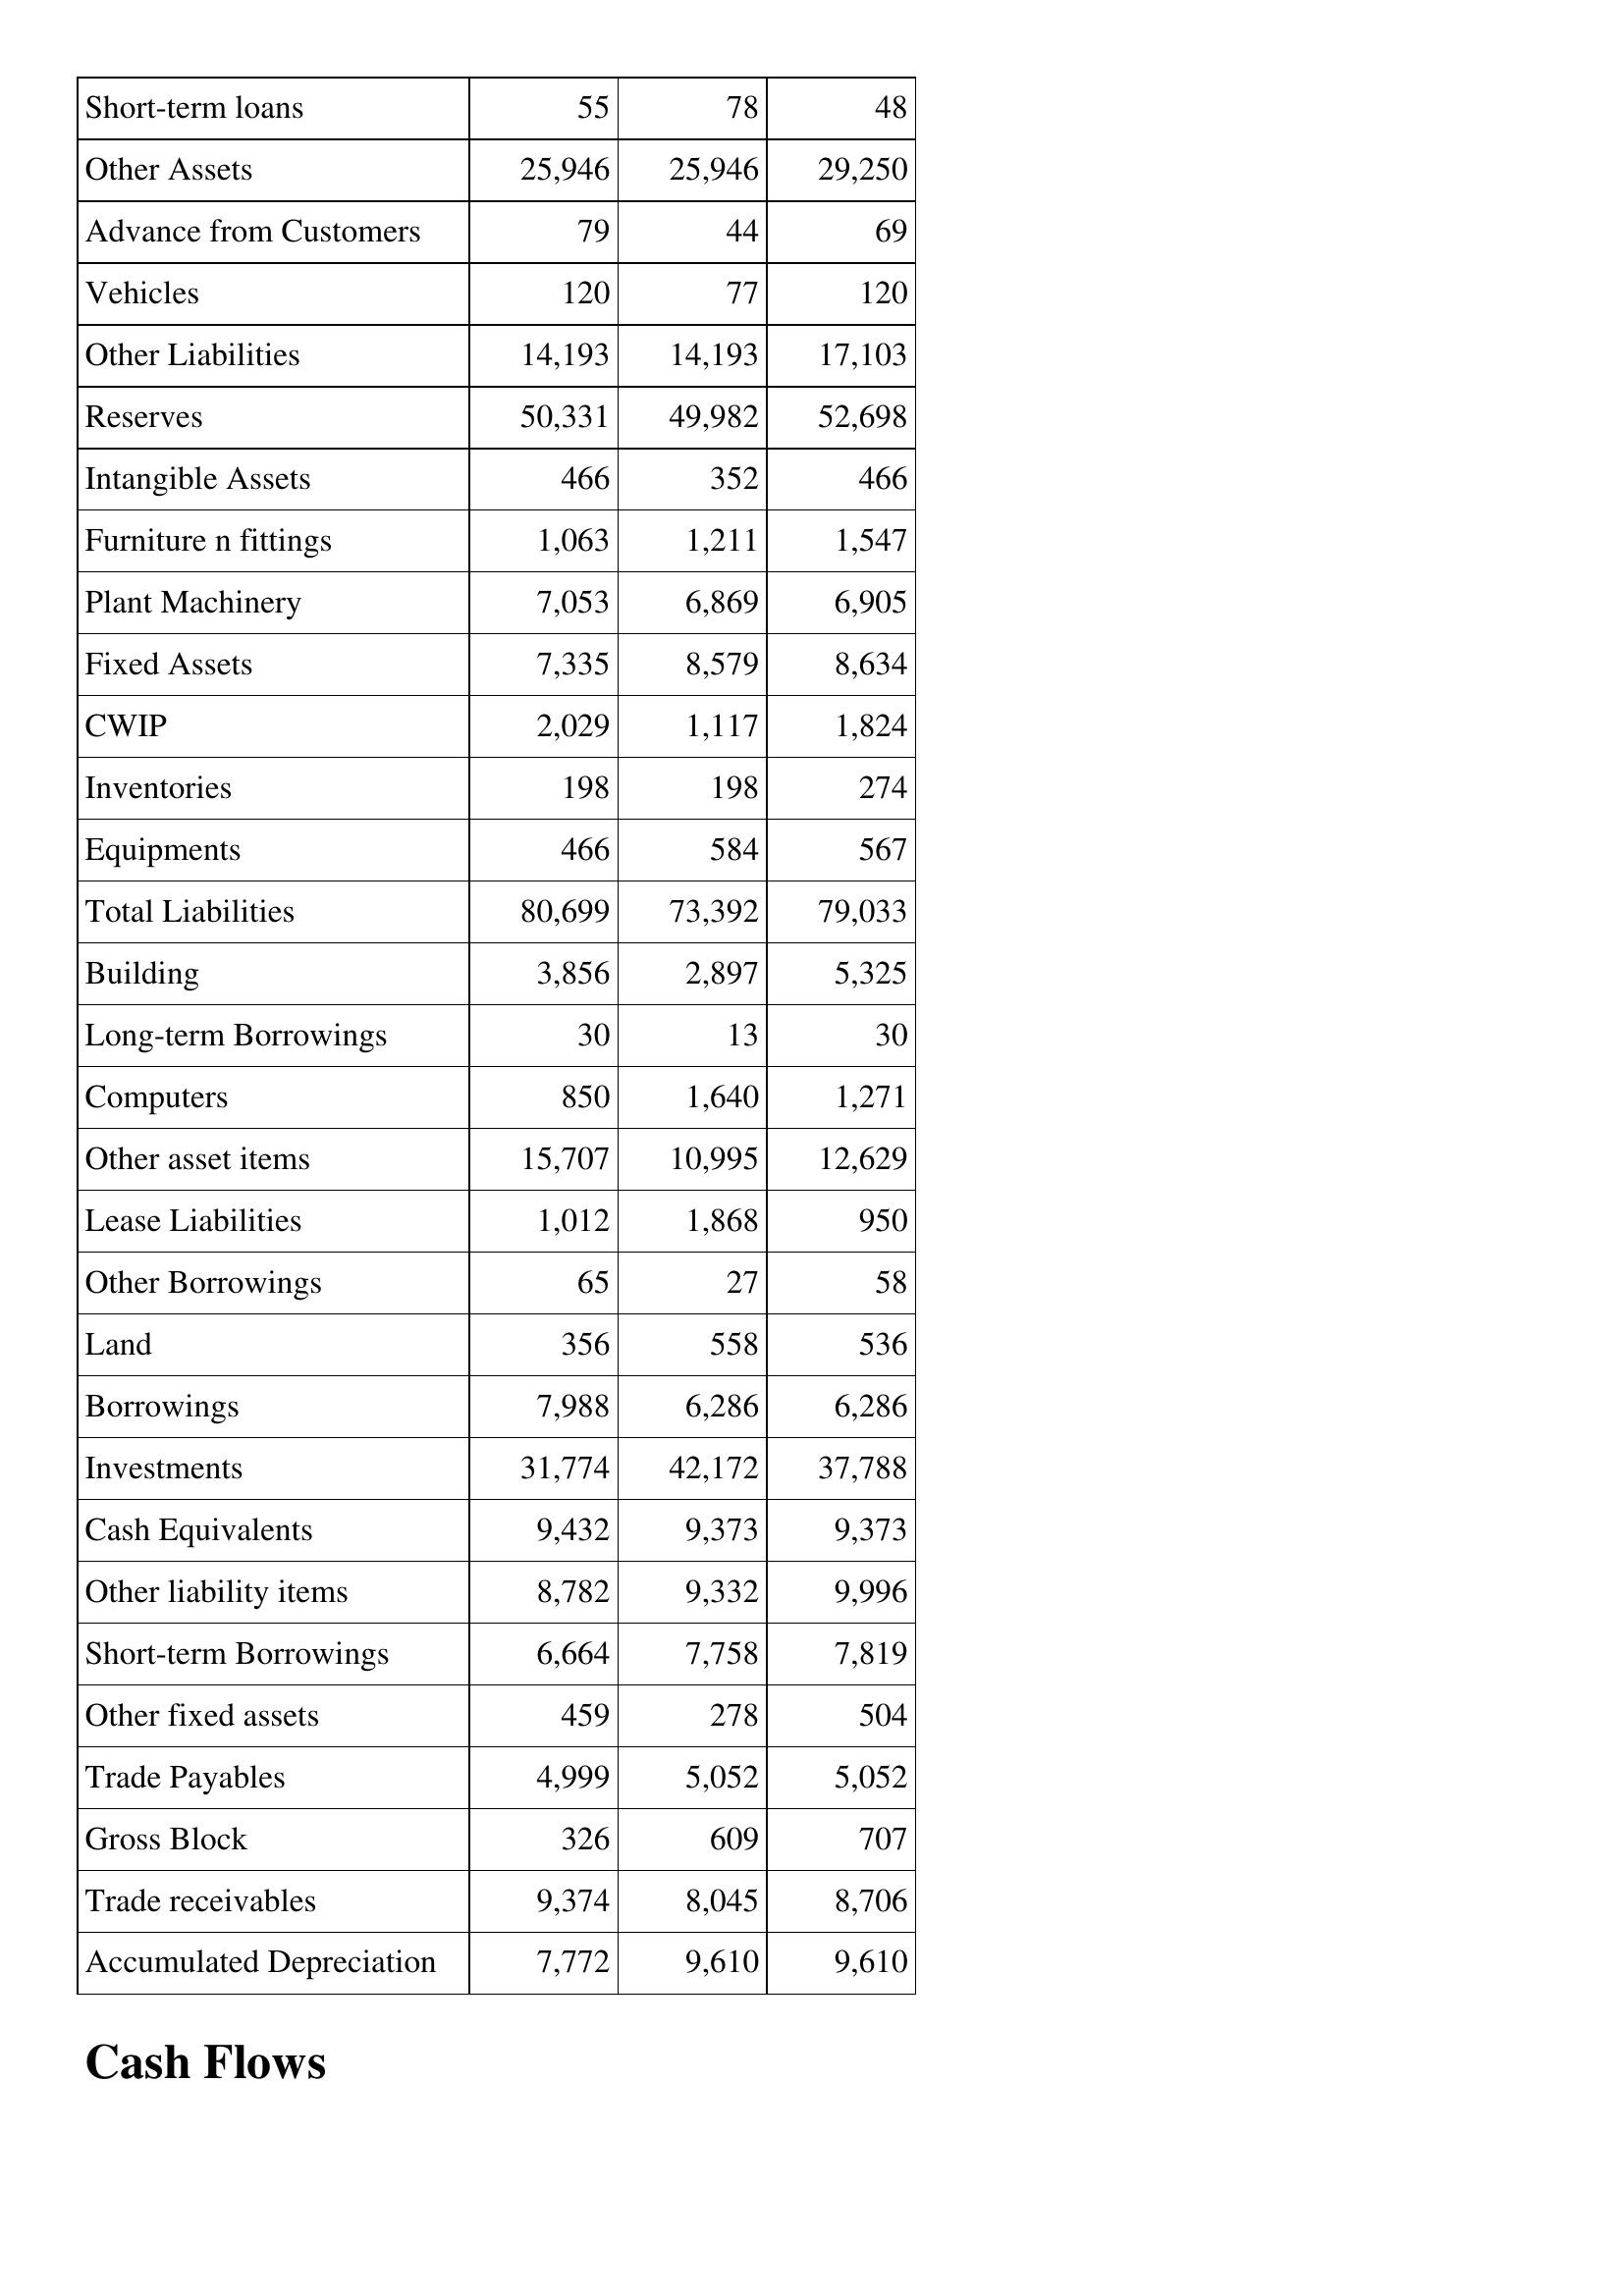
Mar-14: Balance Sheet: Short-term loans: 55
Other Assets: 25,946
Advance from Customers: 79
Vehicles: 120
Other Liabilities: 14,193
Reserves: 50,331
Intangible Assets: 466
Furniture n fittings: 1,063
Plant Machinery: 7,053
Fixed Assets: 7,335
CWIP: 2,029
Inventories: 198
Equipments: 466
Total Liabilities: 80,699
Building: 3,856
Long-term Borrowings: 30
Computers: 850
Other asset items: 15,707
Lease Liabilities: 1,012
Other Borrowings: 65
Land: 356
Borrowings: 7,988
Investments: 31,774
Cash Equivalents: 9,432
Other liability items: 8,782
Short-term Borrowings: 6,664
Other fixed assets: 459
Trade Payables: 4,999
Gross Block: 326
Trade receivables: 9,374
Accumulated Depreciation: 7,772
Mar-13: Balance Sheet: Short-term loans: 78
Other Assets: 25,946
Advance from Customers: 44
Vehicles: 77
Other Liabilities: 14,193
Reserves: 49,982
Intangible Assets: 352
Furniture n fittings: 1,211
Plant Machinery: 6,869
Fixed Assets: 8,579
CWIP: 1,117
Inventories: 198
Equipments: 584
Total Liabilities: 73,392
Building: 2,897
Long-term Borrowings: 13
Computers: 1,640
Other asset items: 10,995
Lease Liabilities: 1,868
Other Borrowings: 27
Land: 558
Borrowings: 6,286
Investments: 42,172
Cash Equivalents: 9,373
Other liability items: 9,332
Short-term Borrowings: 7,758
Other fixed assets: 278
Trade Payables: 5,052
Gross Block: 609
Trade receivables: 8,045
Accumulated Depreciation: 9,610
Mar-12: Balance Sheet: Short-term loans: 48
Other Assets: 29,250
Advance from Customers: 69
Vehicles: 120
Other Liabilities: 17,103
Reserves: 52,698
Intangible Assets: 466
Furniture n fittings: 1,547
Plant Machinery: 6,905
Fixed Assets: 8,634
CWIP: 1,824
Inventories: 274
Equipments: 567
Total Liabilities: 79,033
Building: 5,325
Long-term Borrowings: 30
Computers: 1,271
Other asset items: 12,629
Lease Liabilities: 950
Other Borrowings: 58
Land: 536
Borrowings: 6,286
Investments: 37,788
Cash Equivalents: 9,373
Other liability items: 9,996
Short-term Borrowings: 7,819
Other fixed assets: 504
Trade Payables: 5,052
Gross Block: 707
Trade receivables: 8,706
Accumulated Depreciation: 9,610